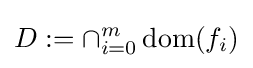
D:=\cap _{i=0}^{m}\operatorname {dom} (f_{i})